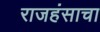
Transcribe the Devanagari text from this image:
राजहंसाचा